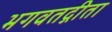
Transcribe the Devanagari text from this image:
भगवतद्गीता